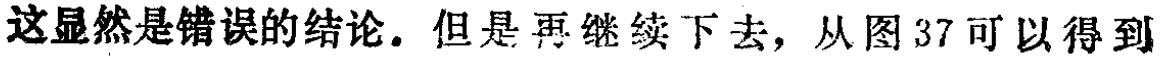
这显然是错误的结论。但是再继续下去，从图 37 可以得到